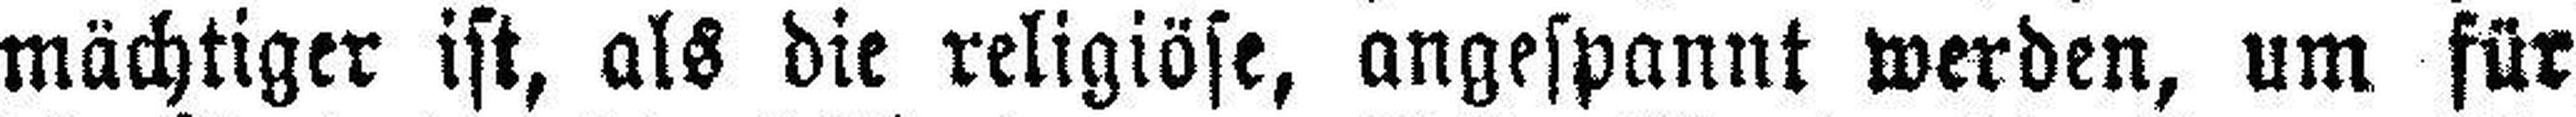
mächtiger ist, als die religiöse, angespannt werden, um für